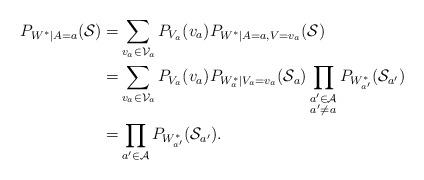
LaTeX: \begin{align*} P_{W^*| A = a}(\mathcal{S}) = & \sum_{v_a \in \mathcal{V}_a} P_{V_a}(v_a) P_{W^*| A = a, V = v_a}(\mathcal{S}) \\ = & \sum_{v_a \in \mathcal{V}_a} P_{V_a}(v_a) P_{W^*_a|V_a = v_a}(\mathcal{S}_a) \prod_{\substack{a' \in \mathcal{A} \\ a' \neq a}} P_{W^*_{a'}}(\mathcal{S}_{a'}) \\ = & \prod_{a' \in \mathcal{A}} P_{W^*_{a'}}(\mathcal{S}_{a'}). \end{align*}